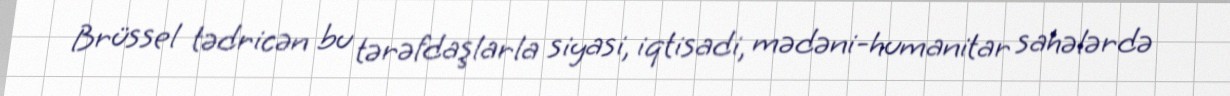
Brüssel tədricən bu tərəfdaşlarla siyasi, iqtisadi, mədəni-humanitar sahələrdə